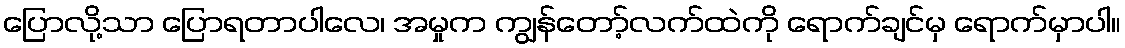
ပြောလို့သာ ပြောရတာပါလေ၊ အမှုက ကျွန်တော့်လက်ထဲကို ရောက်ချင်မှ ရောက်မှာပါ။